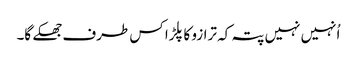
اُنہیں نہیں پتہ کہ ترازو کا پلڑا کس طرف جھکے گا۔